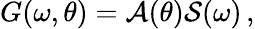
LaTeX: G(\omega,\theta)=\mathcal{A}(\theta)\mathcal{S}(\omega)\, ,